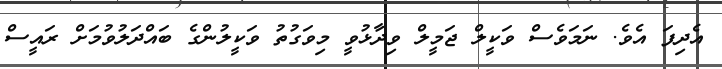
އެދިފަ އެވެ. ނަމަވެސް ވަކީލް ޖަމީލް ވިދާޅުވީ މިވަގުތު ވަކީލުންގެ ބައްދަލުވުމަށް ރައީސް